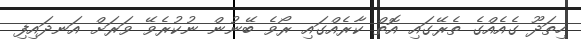
ހިތަދޫ ގެއެއްގެ ތެރޭގައި އޮތް ކާރެއްގައި ރޯވެ ބޭނުން ނުކުރެވޭ ވަރަށް އަނދައިފި